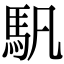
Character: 䭵